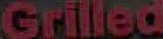
Grilled